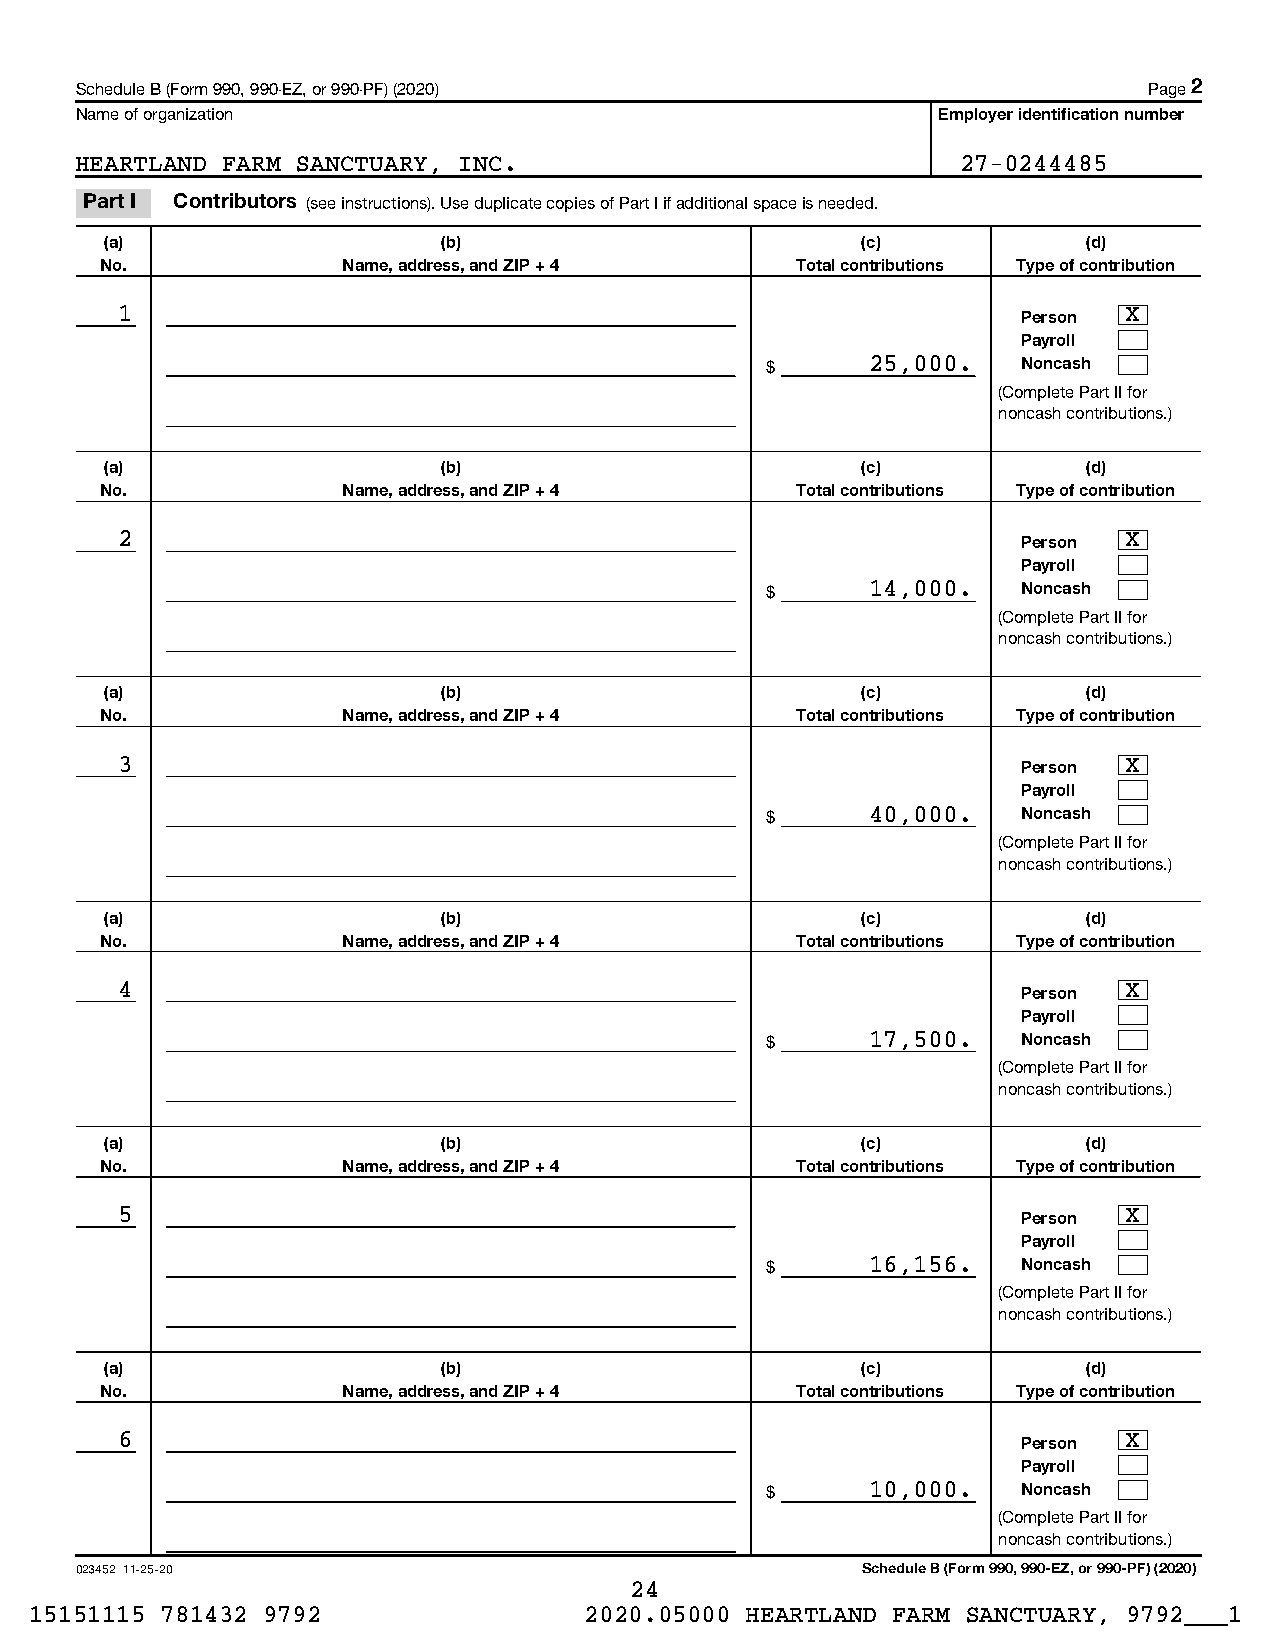
Schedule B (Form 990, 990-EZ, or 990-PF) (2020)                        Page 2
 Name of organization                                     Employer identification number
 HEARTLAND FARM SANCTUARY, INC.                             27-0244485
 Part I Contributors (see instructions). Use duplicate copies of Part I if additional space is needed.
 (a)                   (b)                         (c)            (d)
 No.             Name, address, and ZIP + 4    Total contributions Type of contribution
 1                                                           Person X
 Payroll
 $      25,000.   Noncash
 (Complete Part II for
 noncash contributions.)
 (a)                   (b)                         (c)            (d)
 No.             Name, address, and ZIP + 4    Total contributions Type of contribution
 2                                                           Person X
 Payroll
 $      14,000.   Noncash
 (Complete Part II for
 noncash contributions.)
 (a)                   (b)                         (c)            (d)
 No.             Name, address, and ZIP + 4    Total contributions Type of contribution
 3                                                           Person X
 Payroll
 $      40,000.   Noncash
 (Complete Part II for
 noncash contributions.)
 (a)                   (b)                         (c)            (d)
 No.             Name, address, and ZIP + 4    Total contributions Type of contribution
 4                                                           Person X
 Payroll
 $      17,500.   Noncash
 (Complete Part II for
 noncash contributions.)
 (a)                   (b)                         (c)            (d)
 No.             Name, address, and ZIP + 4    Total contributions Type of contribution
 5                                                           Person X
 Payroll
 $      16,156.   Noncash
 (Complete Part II for
 noncash contributions.)
 (a)                   (b)                         (c)            (d)
 No.             Name, address, and ZIP + 4    Total contributions Type of contribution
 6                                                           Person X
 Payroll
 $      10,000.   Noncash
 (Complete Part II for
 noncash contributions.)
 023452 11-25-20                                     Schedule B (Form 990, 990-EZ, or 990-PF) (2020)
 24
 15151115 781432 9792                 2020.05000 HEARTLAND FARM SANCTUARY, 9792___1